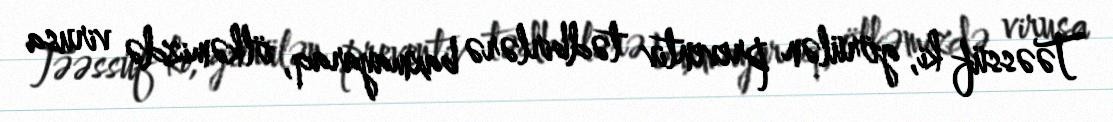
Təəssüf ki, görülən preventiv tədbirlərə baxmayaraq, ölkəmizdə virusa